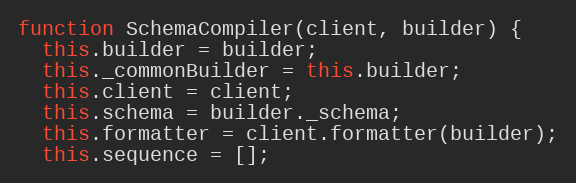
Language: JavaScript
function SchemaCompiler(client, builder) {
  this.builder = builder;
  this._commonBuilder = this.builder;
  this.client = client;
  this.schema = builder._schema;
  this.formatter = client.formatter(builder);
  this.sequence = [];